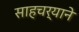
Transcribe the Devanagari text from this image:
साहचर्याने